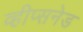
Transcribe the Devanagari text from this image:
व्हीप्सनेड